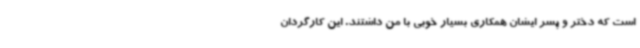
است که دختر و پسر ایشان همکاری بسیار خوبی با من داشتند. این کارگردان